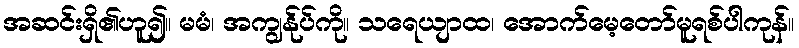
အဆင်းရှိ၏ဟူ၍။ မမံ၊ အကျွန်ုပ်ကို။ သရေယျာထ၊ အောက်မေ့တော်မူရစ်ပါကုန်။